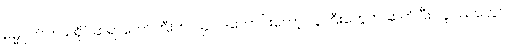
ဓမ္မဂုတ်။ ။ သရိုင်ဆရာတော်ကြီးက ဩဝါဒကောင်းတော့ လူကြီးတွေက ဆက်ပြီး လူငယ်တွေပါ